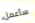
سأعمل